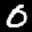
Label: 0